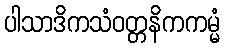
ပါသာဒိကသံဝတ္တနိကကမ္မံ